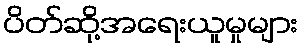
ပိတ်ဆို့အရေးယူမှုများ